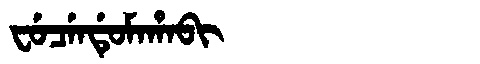
Manchu: ᠸᡠᠴᡝᠨᡩᡠᠮᠠᡥᠠᠪᡳ
Romanization: FUCENDUMAHABI